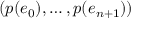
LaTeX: ( p ( e _ { 0 } ) , \dots , p ( e _ { n + 1 } ) )